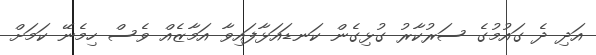
އަދި ދެ ގައުމުގެ ސަރުކާރު ގުޅިގެން ކަނޑައަޅާފައިވާ އަމާޒެއް ވެސް ހިމެނޭ ކަމަށް